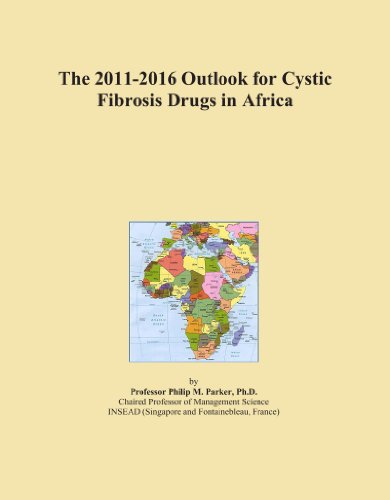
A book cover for The 2011-2016 Outlook for Cystic Fibrosis Drugs in Africa; Icon Group International; Health, Fitness & Dieting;